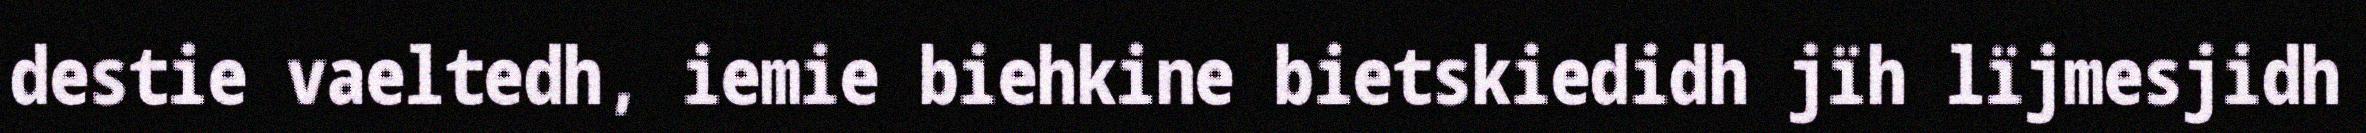
destie vaeltedh, iemie biehkine bietskiedidh jïh lïjmesjidh